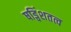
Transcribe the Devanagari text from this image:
षड्विंशतत्व